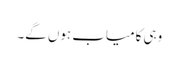
وہی کامیاب ہوں گے۔